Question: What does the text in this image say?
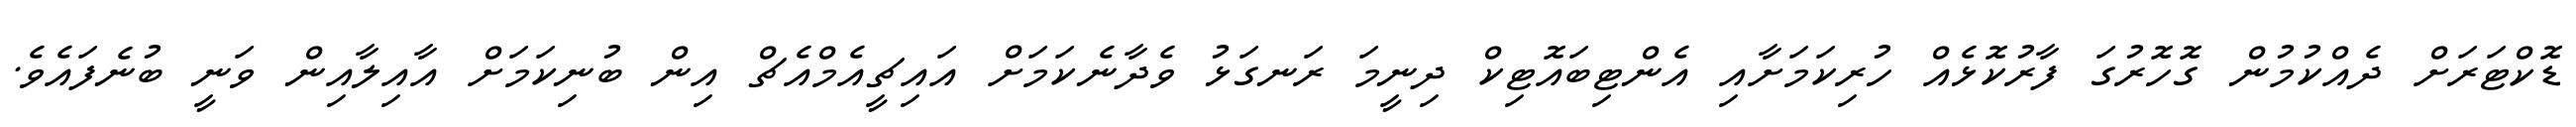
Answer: ޑޮކްޓަރަށް ދެއްކުމުން ގޮހޮރުގަ ފާރުކޮޅެއް ހުރިކަމަށާއި އެންޓިބައޮޓިކް ދިނީމަ ރަނގަޅު ވެދާނެކަމަށް އައިޗީއެމްއެޗް އިން ބުނިކަމަށް އާއިލާއިން ވަނީ ބުނެފައެވެ.